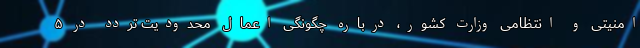
امنیتی و انتظامی وزارت کشور، درباره چگونگی اعمال محدودیت تردد در ۵